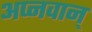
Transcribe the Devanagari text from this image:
अप्नवान्